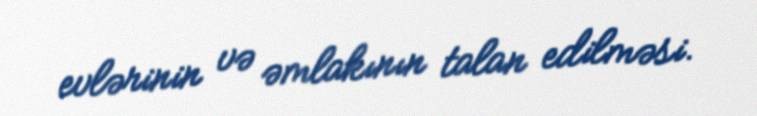
evlərinin və əmlakının talan edilməsi.